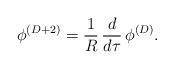
\begin{align*}\phi^{(D+2)}={1 \over R} \, { d \over d\tau}\, \phi^{(D)}. \end{align*}